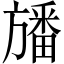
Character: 旙